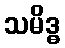
သမိဒ္ဓ